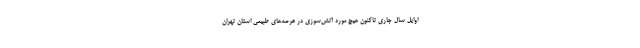
اوایل سال جاری تاکنون هیچ مورد آتش‌سوزی در عرصه‌های طبیعی استان تهران